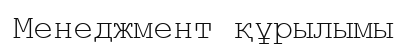
Менеджмент құрылымы